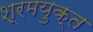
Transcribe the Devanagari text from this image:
श्रमयुक्त